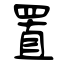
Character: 置